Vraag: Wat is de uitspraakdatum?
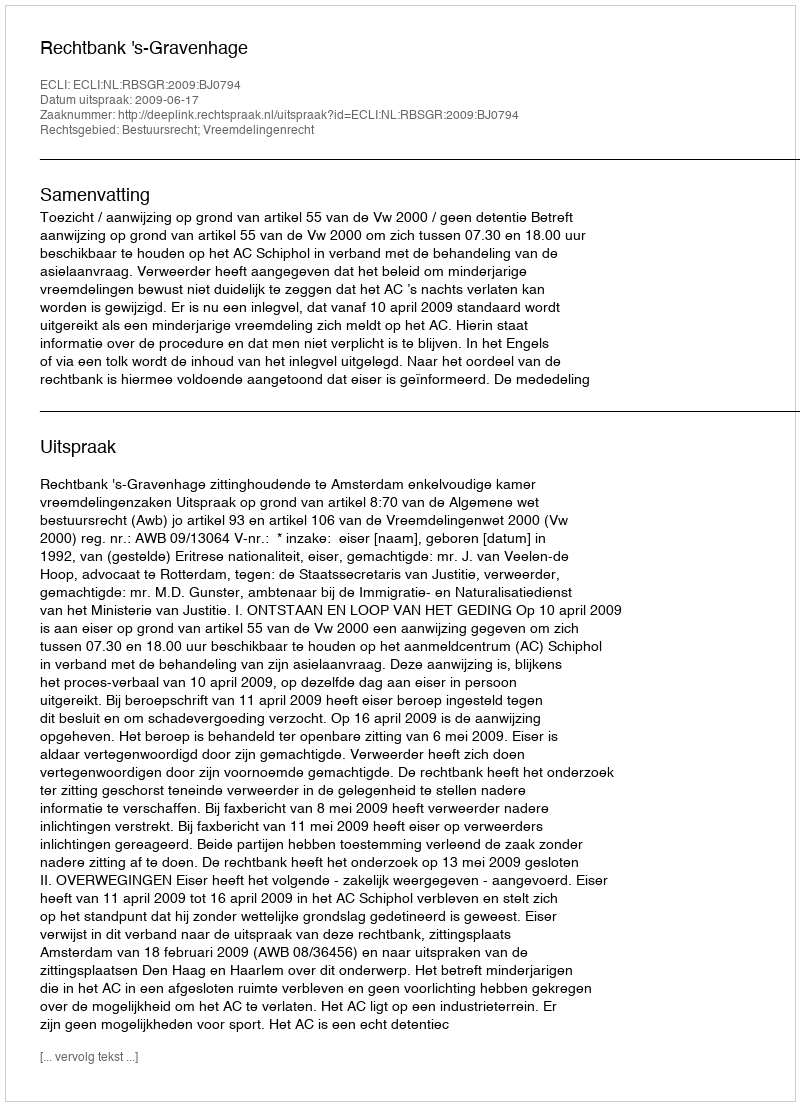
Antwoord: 2009-06-17